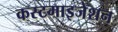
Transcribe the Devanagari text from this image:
कस्टमाइजेशन